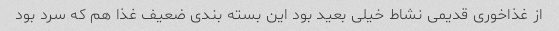
از غذاخوری قدیمی نشاط خیلی بعید بود این بسته بندی ضعیف غذا هم که سرد بود